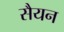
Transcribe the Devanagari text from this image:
सैयन